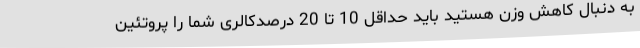
به دنبال کاهش وزن هستید باید حداقل 10 تا 20 درصدکالری شما را پروتئین